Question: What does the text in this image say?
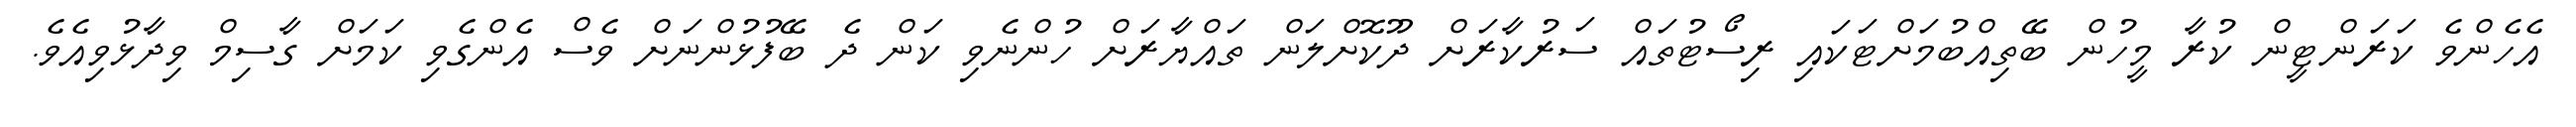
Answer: އެހެންވެ ކަރަންޓީން ކުރާ މީހުން ބޭތިއްބުމަށްޓަކައި ރިސޯޓުތައް ސަރުކާރަށް ދޫކޮށްލަން ތައްޔާރަށް ހުންނެވި ކަން ދެ ބޭފުޅުންނަށް ވެސް އެންގެވި ކަމަށް ގާސިމް ވިދާޅުވިއެވެ.